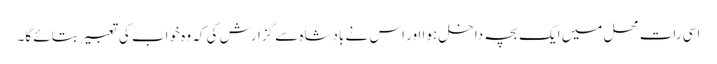
اسی رات محل میں ایک بچہ داخل ہوا اور اس نے بادشاہ سے گزارش کی کہ وہ خواب کی تعبیر بتائے گا۔